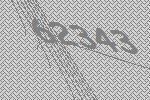
62343